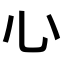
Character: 𢖩